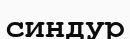
синдур